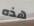
هذه